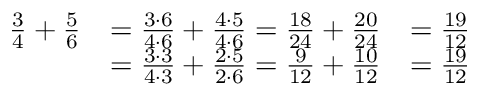
{ \begin{array} { r l r } { { \frac { 3 } { 4 } } + { \frac { 5 } { 6 } } } & { = { \frac { 3 \cdot 6 } { 4 \cdot 6 } } + { \frac { 4 \cdot 5 } { 4 \cdot 6 } } = { \frac { 1 8 } { 2 4 } } + { \frac { 2 0 } { 2 4 } } } & { = { \frac { 1 9 } { 1 2 } } } \\ & { = { \frac { 3 \cdot 3 } { 4 \cdot 3 } } + { \frac { 2 \cdot 5 } { 2 \cdot 6 } } = { \frac { 9 } { 1 2 } } + { \frac { 1 0 } { 1 2 } } } & { = { \frac { 1 9 } { 1 2 } } } \end{array} }